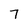
Character: 7